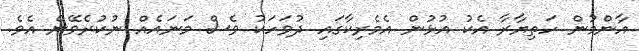
އާންމުން ހަތިޔާރާ އެކު އުޅުން އެމެރިކާގައި ދުވަހަކު ވެސް މަނައެއް ނުކުރެވޭނެ އެވެ.